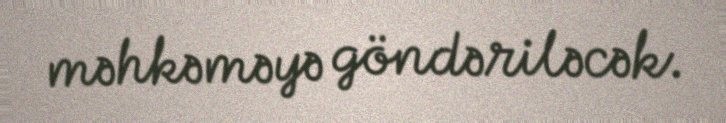
məhkəməyə göndəriləcək.